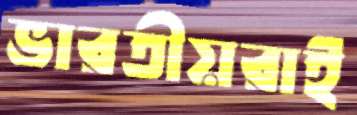
ভারতীয়রাই